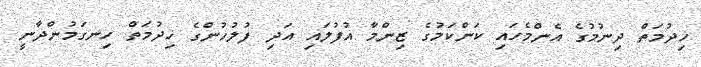
ޚިދުމަތް ދިނުމުގެ އެންމެހައި ކަންކަމުގެ ޒިންމާ އުފުލައި އަދި ފުލުހުންގެ ޚިދުމަތް ހިނގަމުންދާނީ